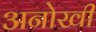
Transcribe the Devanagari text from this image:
अनोखीं